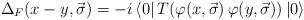
LaTeX: \begin{align*}{\Delta}_{F}(x-y,\vec{\sigma})=-i\left<0\right|T(\varphi(x,\vec{\sigma})\,\varphi(y,\vec{\sigma}))\left|0\right>\end{align*}